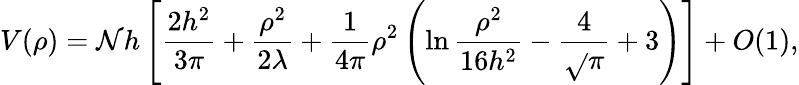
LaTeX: V(\rho)=\mathcal{N}h\left[\frac{{2h^{2}}}{{3\pi}}+{\frac{{\rho^{2}}}{{2\lambda}}}+{\frac{{1}}{{4\pi}}}\rho^{2}\left(\ln{\frac{{\rho^{2}}}{{16h^{2}}}}-{\frac{{4}}{{\sqrt{}{{\pi}}}}}+3\right)\right]+O(1),